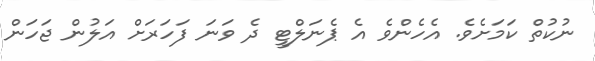
ނުކުތް ކަމަށެވެ. އެހެންވެ އެ ޕެނަލްޓީ ދެ ވަނަ ފަހަރަށް އަލުން ޖަހަން